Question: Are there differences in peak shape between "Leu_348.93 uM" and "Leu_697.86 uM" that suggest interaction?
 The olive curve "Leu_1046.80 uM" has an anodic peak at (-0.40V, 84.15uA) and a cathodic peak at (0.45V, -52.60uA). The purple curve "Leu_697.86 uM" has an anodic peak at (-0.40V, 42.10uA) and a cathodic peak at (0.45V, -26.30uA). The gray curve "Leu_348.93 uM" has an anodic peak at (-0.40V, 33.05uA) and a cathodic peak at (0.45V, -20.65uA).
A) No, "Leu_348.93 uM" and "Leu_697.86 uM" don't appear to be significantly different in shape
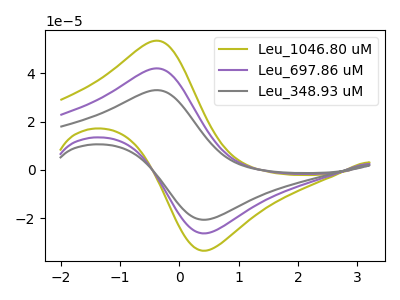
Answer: <think>All the peaks in "Leu_348.93 uM" have a peak in "Leu_697.86 uM" at the same potential. Every peak in "Leu_348.93 uM" is lower than every peak in "Leu_697.86 uM".
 </think>
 <answer>A) No, "Leu_348.93 uM" and "Leu_697.86 uM" don't appear to be significantly different in shape</answer>
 <eval>A</eval>